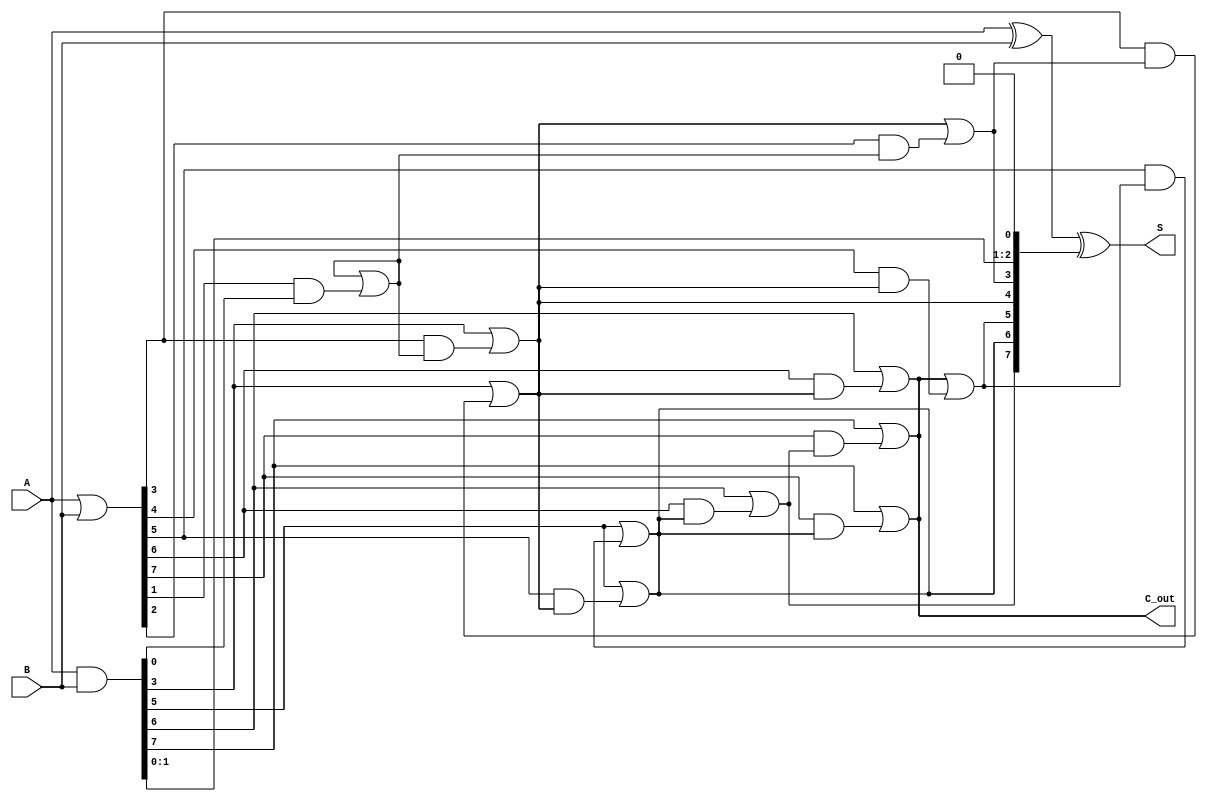
module brent_kung_adder #(parameter N = 8) (
    input  [N-1:0] A, 
    input  [N-1:0] B,
    output [N-1:0] S,
    output C_out
);

    // Generate (G) and Propagate (P) signals
    wire [N-1:0] G; // Generate signals
    wire [N-1:0] P; // Propagate signals
    wire [N:0] C;   // Carry signals

    // Initialize Generate and Propagate signals
    assign G = A & B;
    assign P = A | B;

    // Initial carry input
    assign C[0] = 1'b0; // C[0] is the carry-in, assume it's 0 for this adder

    // Carry computation using Brent-Kung structure
    genvar i, j, k;
    generate
        // First level of carry generation
        for (i = 0; i < N; i = i + 1) begin: level1
            assign C[i+1] = G[i] | (P[i] & C[i]);
        end
        
        // Subsequent levels of carry generation
        for (j = 1; j < N; j = j * 2) begin: levels
            for (k = 0; k < N; k = k + (2 * j)) begin: carry_combination
                if (k + j < N) begin
                    assign C[k + 2*j] = G[k + j] | (P[k + j] & C[k]);
                end
            end
        end
    endgenerate

    // Sum calculation
    assign S = A ^ B ^ C[N-1:0]; // Sum bits

    // Carry-out
    assign C_out = C[N];

endmodule